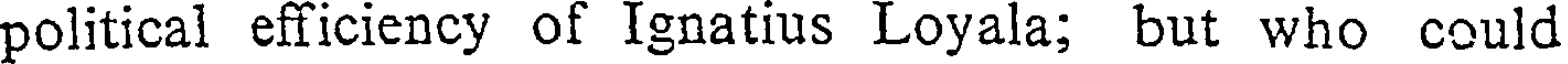
political efficiency of Ignatius Loyala; but who could